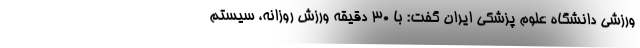
ورزشی دانشگاه علوم پزشکی ایران گفت: با ۳۰ دقیقه ورزش روزانه، سیستم